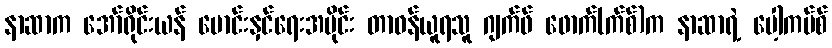
နာဆာက အော်ရိုင်းယန် မောင်းနှင်ရေးအပိုင်း တာဝန်ယူရသူ ဂျက်ဖ် ဖောက်(က်စ်)က နာဆာရဲ့ ပေါ့ကပ်စ်